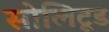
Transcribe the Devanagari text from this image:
सोलिटूड